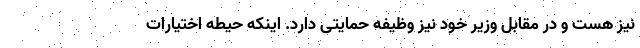
نیز هست و در مقابل وزیر خود نیز وظیفه حمایتی دارد. اینکه حیطه اختیارات